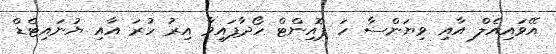
އޭވައިއެލް އާއި ވިޔަންސާ ހަ ޕޮއިންޓް ހޯދާފައިވާ އިރު ހުރަ އާއި ޔުނައިޓެޑް